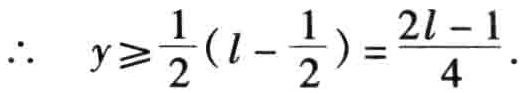
\(\therefore\quad y\geqslant\frac{1}{2}(l - \frac{1}{2})=\frac{2l - 1}{4}.\)